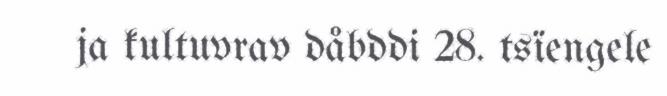
ja kultuvrav dåbddi 28. tsïengele